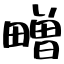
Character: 㽪